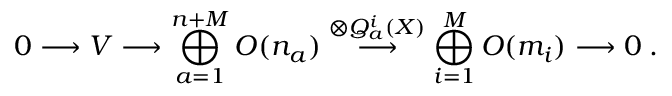
0 \longrightarrow V \longrightarrow \bigoplus _ { a = 1 } ^ { n + M } { \cal O } ( n _ { a } ) \stackrel { \otimes Q _ { a } ^ { i } ( X ) } { \longrightarrow } \bigoplus _ { i = 1 } ^ { M } { \cal O } ( m _ { i } ) \longrightarrow 0 \; .